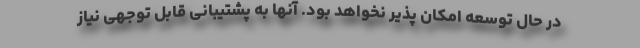
در حال توسعه امکان پذیر نخواهد بود. آنها به پشتیبانی قابل توجهی نیاز